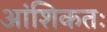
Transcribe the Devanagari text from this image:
आंशिकतः